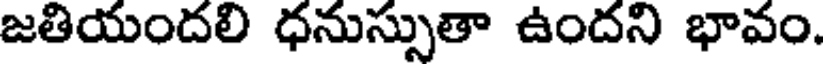
జతియందలి ధనుస్సుతా ఉందని భావం.